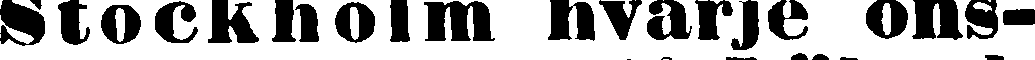
Stockholm hvarje ons-